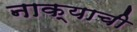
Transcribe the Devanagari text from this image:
नाक्याची